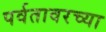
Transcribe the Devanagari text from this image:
पर्वतावरच्या